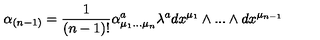
\alpha _ { ( n - 1 ) } = { \frac { 1 } { ( n - 1 ) ! } } \alpha _ { \mu _ { 1 } . . . \mu _ { n } } ^ { a } \lambda ^ { a } d x ^ { \mu _ { 1 } } \wedge . . . \wedge d x ^ { \mu _ { n - 1 } }